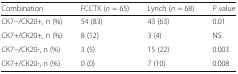
<table><thead><tr><td><b>Combination</b></td><td><b>FCCTX (<i>n</i> = 65)</b></td><td><b>Lynch (<i>n</i> = 68)</b></td><td><b><i>P</i> value</b></td></tr></thead><tbody><tr><td>CK7−/CK20+, n (%)</td><td>54 (83)</td><td>43 (63)</td><td>0.01</td></tr><tr><td>CK7+/CK20+, n (%)</td><td>8 (12)</td><td>3 (4)</td><td>NS</td></tr><tr><td>CK7−/CK20-, n (%)</td><td>3 (5)</td><td>15 (22)</td><td>0.003</td></tr><tr><td>CK7+/CK20-, n (%)</td><td>0 (0)</td><td>7 (10)</td><td>0.008</td></tr></tbody></table>